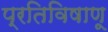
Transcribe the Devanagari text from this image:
प्रतिविषाणू